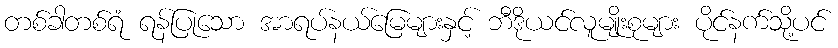
တစ်ခါတစ်ရံ ရန်ပြုသော အာရပ်နယ်မြေများနှင့် ဘီဒိုယင်လူမျိုးစုများ ပိုင်နက်သို့ပင်